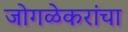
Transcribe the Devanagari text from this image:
जोगळेकरांचा